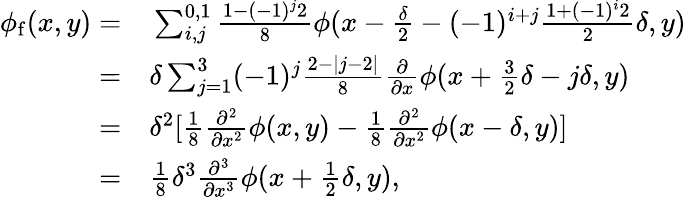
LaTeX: \begin{array}{rl}{\phi_{\mathrm{f}}(x,y)=}&{{}\sum_{i,j}^{0,1}\frac{1-(-1)^{j}2}{8}\phi(x-\frac{\delta}{2}-(-1)^{i+j}\frac{1+(-1)^{i}2}{2}\delta,y)}\\ {=}&{{}\delta\sum_{j=1}^{3}(-1)^{j}\frac{2-|j-2|}{8}\frac{\partial}{\partial x}\phi(x+\frac{3}{2}\delta-j\delta,y)}\\ {=}&{{}\delta^{2}[\frac{1}{8}\frac{\partial^{2}}{\partial x^{2}}\phi(x,y)-\frac{1}{8}\frac{\partial^{2}}{\partial x^{2}}\phi(x-\delta,y)]}\\ {=}&{{}\frac{1}{8}\delta^{3}\frac{\partial^{3}}{\partial x^{3}}\phi(x+\frac{1}{2}\delta,y),}\end{array}